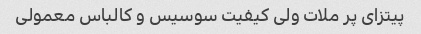
پیتزاى پر ملات ولى کیفیت سوسیس و کالباس معمولى